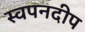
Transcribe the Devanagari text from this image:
स्वपनदीप